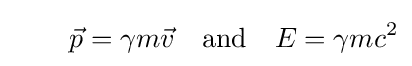
\quad \quad {\vec {p}}=\gamma m{\vec {v}}\quad {\text{and}}\quad E=\gamma mc^{2}